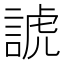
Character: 諕